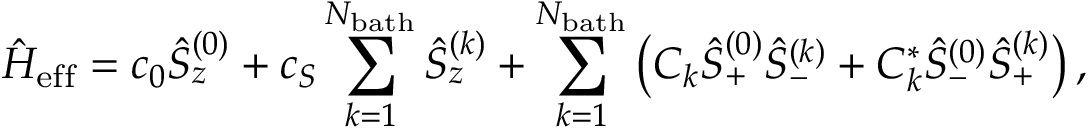
\hat { H } _ { \mathrm { e f f } } = c _ { 0 } \hat { S } _ { z } ^ { ( 0 ) } + c _ { S } \sum _ { k = 1 } ^ { N _ { \mathrm { b a t h } } } \hat { S } _ { z } ^ { ( k ) } + \sum _ { k = 1 } ^ { N _ { \mathrm { b a t h } } } \left( C _ { k } \hat { S } _ { + } ^ { ( 0 ) } \hat { S } _ { - } ^ { ( k ) } + C _ { k } ^ { * } \hat { S } _ { - } ^ { ( 0 ) } \hat { S } _ { + } ^ { ( k ) } \right) ,